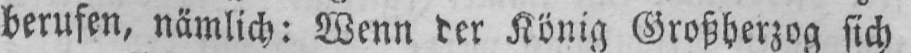
berufen, nämlich: Wenn der König Großherzog sich